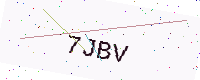
Text: 7JBV